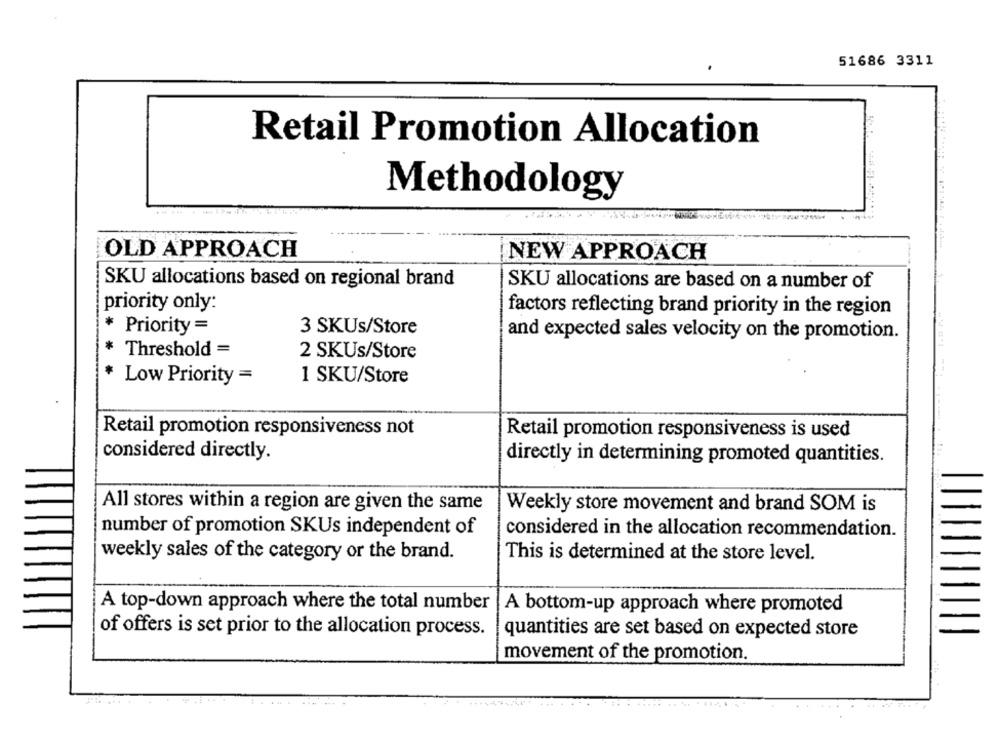
51686 3311
Retail Promotion Allocation
Methodology
OLD APPROACH
NEW APPROACH
SKU allocations based on regional brand
SKU allocations are based on a number of
priority only:
factors reflecting brand priority in the region
Priority =
3 SKUs/Store
and expected sales velocity on the promotion.
Threshold =
2 SKUs/Store
Low Priority =
1 SKU/Store
Retail promotion responsiveness not
Retail promotion responsiveness is used
considered directly.
directly in determining promoted quantities.
All stores within a region are given the same
Weekly store movement and brand SOM is
number of promotion SKUs independent of
considered in the allocation recommendation.
weekly sales of the category or the brand.
This is determined at the store level.
A top-down approach where the total number
A bottom-up approach where promoted
of offers is set prior to the allocation process.
quantities are set based on expected store
movement of the promotion.